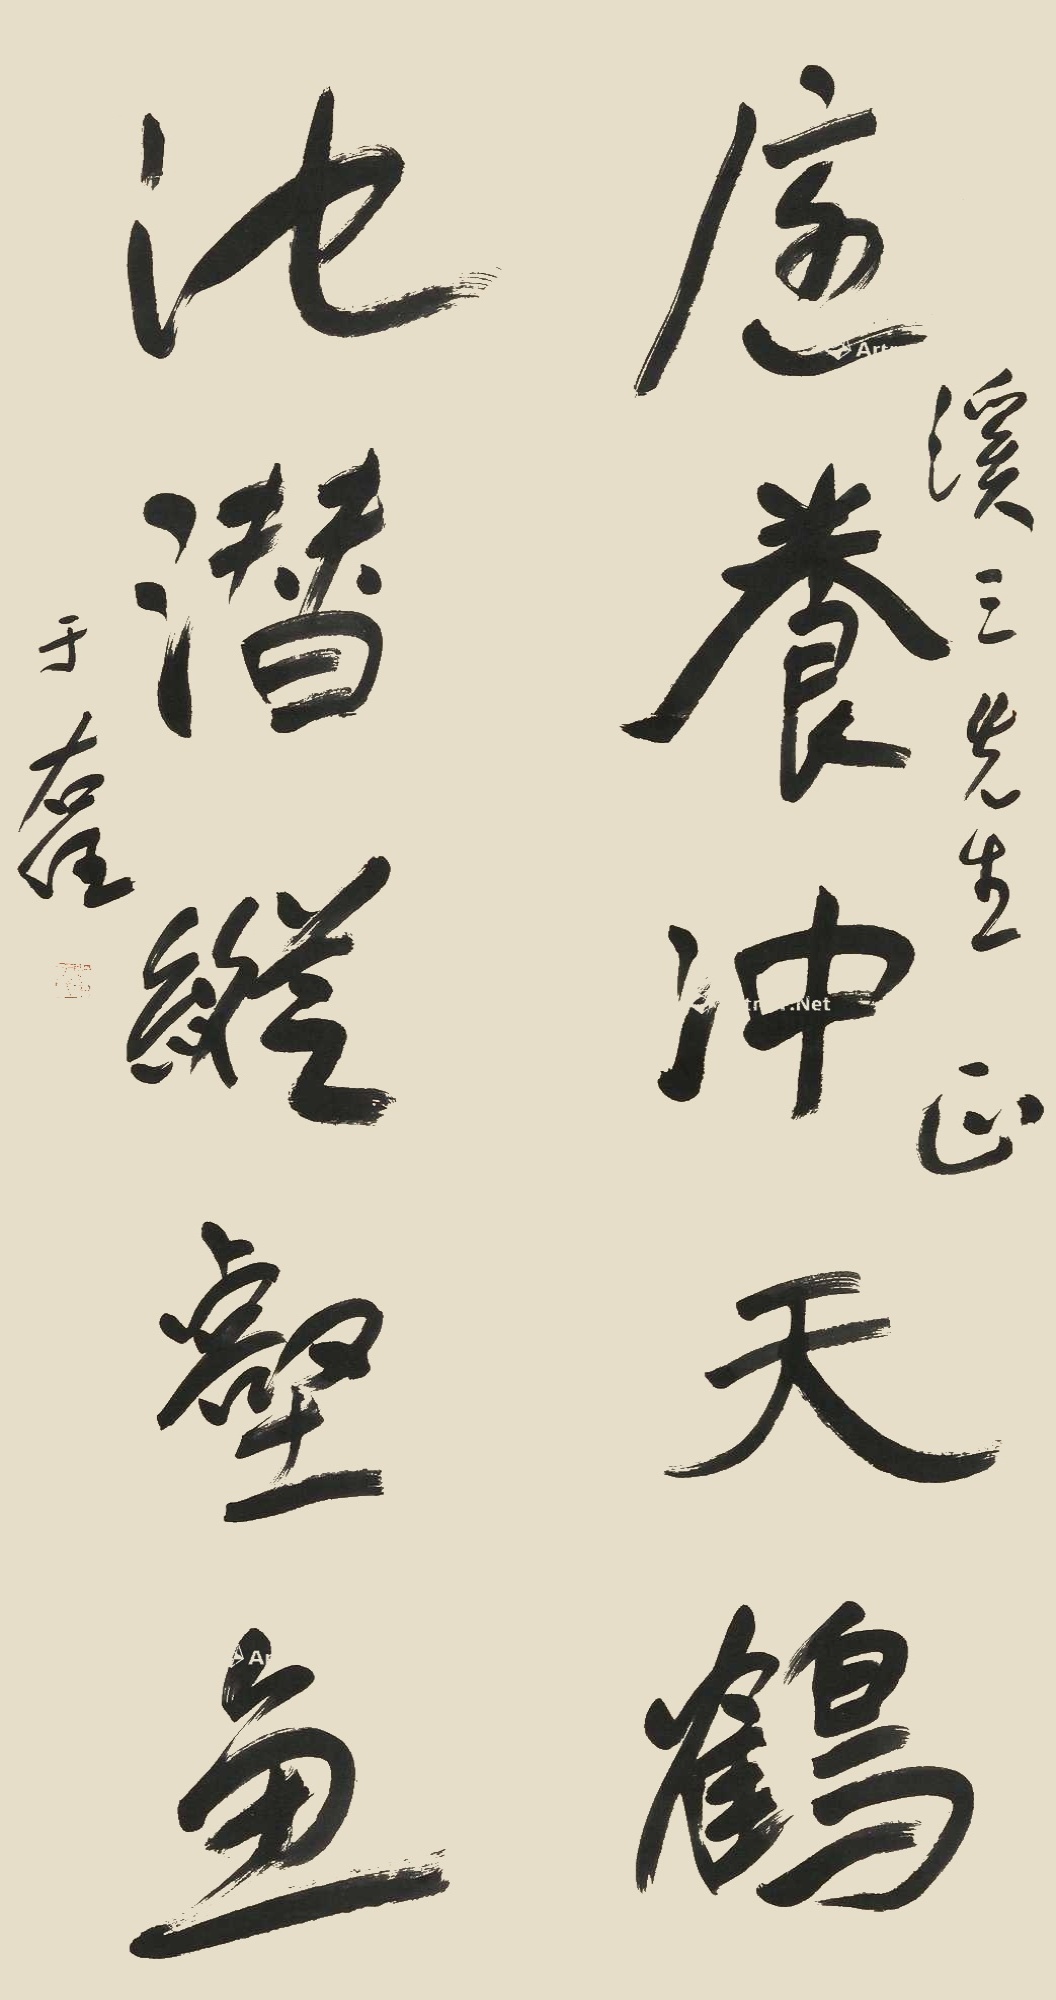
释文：庭养冲天鹤，池潜纵壑鱼。溪三先生正，于右任。